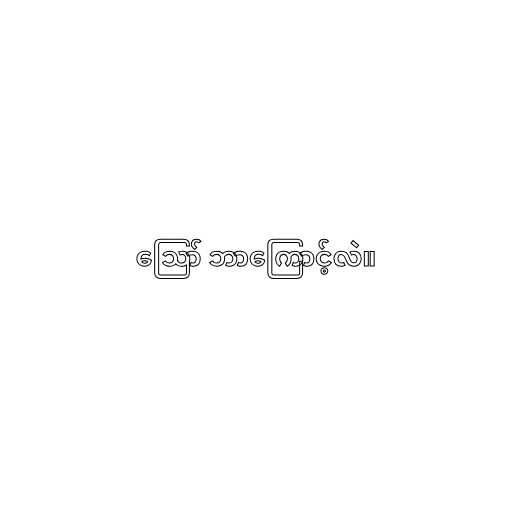
ဪ ဘာကြောင့်လဲ။